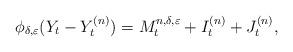
LaTeX: \begin{align*}\phi_{\delta,\varepsilon}(Y_t-Y_t^{(n)})=M_t^{n,\delta,\varepsilon}+I_t^{(n)}+J_t^{(n)},\end{align*}